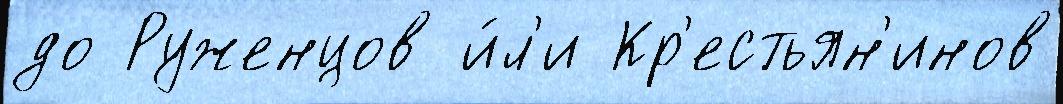
до Руженцов и́л'и Кр'естьян'инов